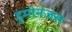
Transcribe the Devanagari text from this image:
हुमोनजस